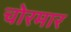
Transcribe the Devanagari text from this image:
चोरमार